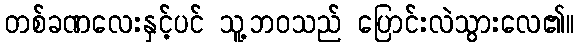
တစ်ခဏလေးနှင့်ပင် သူ့ဘဝသည် ပြောင်းလဲသွားလေ၏။